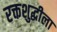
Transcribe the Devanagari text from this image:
रक्तशुद्धीला